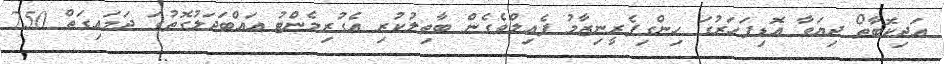
އަދިކޮބާތޯ ދިޔަވާ އޮޑިފަހަރުގަ ހިންގިފެރީނިޒާމު ފެއިލްވެގެން ބާތިލުކުރި އެގުރިމެންޓު އައްބަދަލުގޮތުގަ ދަމައިގަތް 750